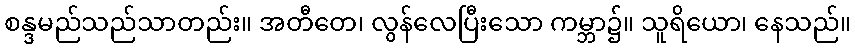
စန္ဒမည်သည်သာတည်း။ အတီတေ၊ လွန်လေပြီးသော ကမ္ဘာ၌။ သူရိယော၊ နေသည်။